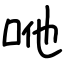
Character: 咃